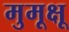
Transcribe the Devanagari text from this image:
मुमूक्षू